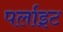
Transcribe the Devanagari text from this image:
पर्लाइट